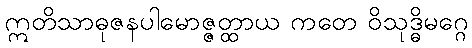
ဣတိသာဓုဇနပါမောဇ္ဇတ္ထာယ ကတေ ဝိသုဒ္ဓိမဂ္ဂေ